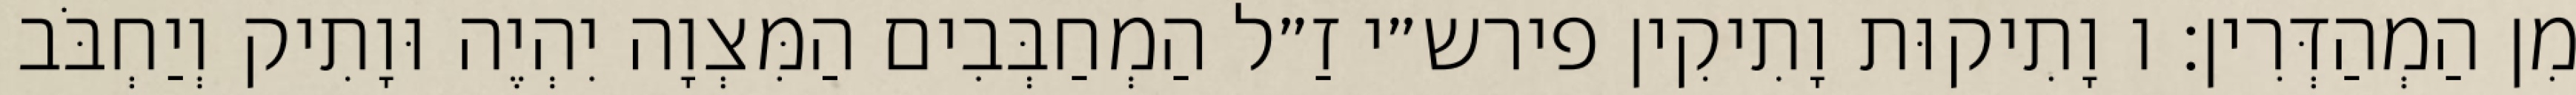
מִן הַמְהַדְּרִין: ו וָתִיקוּת וָתִיקִין פירש״י זַ״ל הַמְחַבְּבִים הַמִּצְוָה יִהְיֶה וּוָתִיק וְיַחְבֹּב